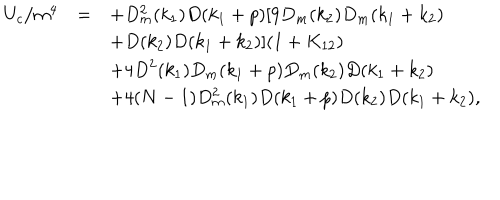
LaTeX: \begin{array} { r c l } { { U _ { c } / m ^ { 4 } } } & { { = } } & { { \displaystyle + D _ { m } ^ { 2 } ( k _ { 1 } ) D ( k _ { 1 } + p ) [ 9 D _ { m } ( k _ { 2 } ) D _ { m } ( k _ { 1 } + k _ { 2 } ) } } \\ { { } } & { { } } & { { \displaystyle + D ( k _ { 2 } ) D ( k _ { 1 } + k _ { 2 } ) ] ( 1 + K _ { 1 2 } ) } } \\ { { } } & { { } } & { { \displaystyle + 4 D ^ { 2 } ( k _ { 1 } ) D _ { m } ( k _ { 1 } + p ) D _ { m } ( k _ { 2 } ) D ( k _ { 1 } + k _ { 2 } ) } } \\ { { } } & { { } } & { { \displaystyle + 4 ( N - 1 ) D _ { m } ^ { 2 } ( k _ { 1 } ) D ( k _ { 1 } + p ) D ( k _ { 2 } ) D ( k _ { 1 } + k _ { 2 } ) , } } \\ \end{array}